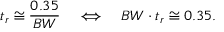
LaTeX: t _ { r } \cong { \frac { 0 . 3 5 } { B W } } \quad \Longleftrightarrow \quad B W \cdot t _ { r } \cong 0 . 3 5 .